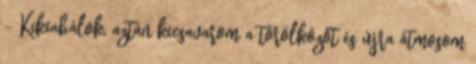
- Kikiabálok, aztán kicsavarom a törölközőt és újra átmosom